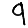
Digit: 9